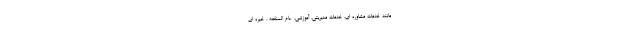
مانند خدمات مشاوره ای، خدمات مدیریتی، آموزشی، عام المنفعه ، خیره ای